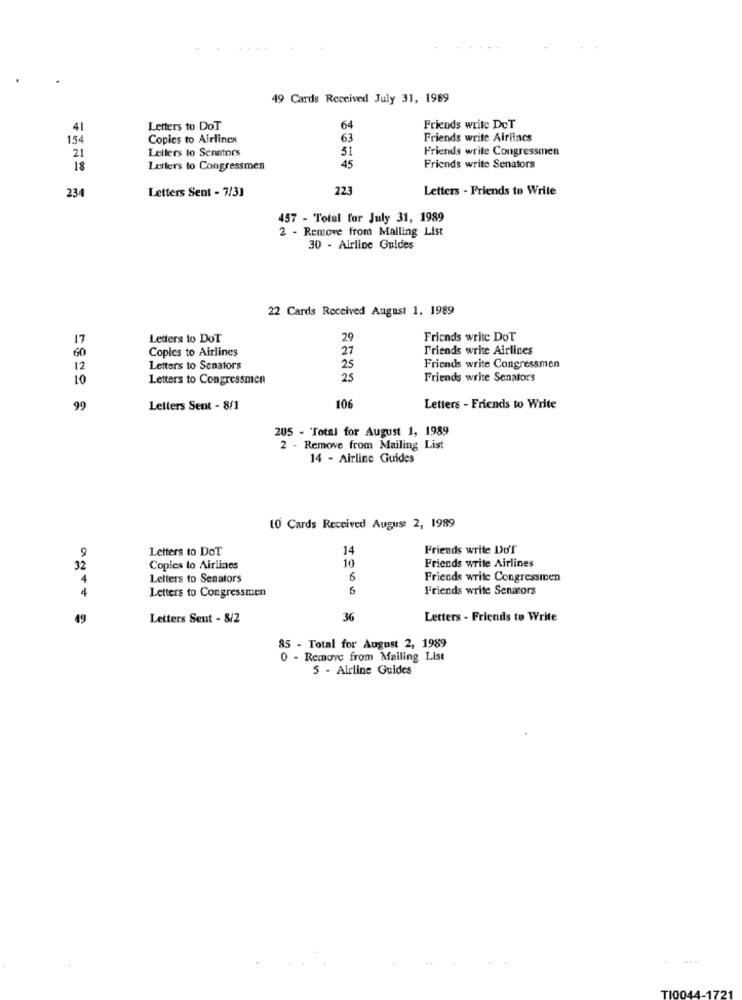
49 Cards Received July 31, 1989
41
Letters to DoT
64
Friends write DeT
154
Copies to Airlines
63
Friends write Airlines
21
Letters to Senators
51
Friends write Congressmen
18
Letters to Congressmen
45
Friends write Senators
Letters Sent - 7/31
223
Letters - Friends to Write
234
457 - Total for July 31, 1989
2 - Remove from Mailing List
30 - Airline Guides
22 Cards Received August 1. 1989
17
Letters to DoT
29
Friends write DoT
Copies to Airlines
27
Friends write Airlines
60
12
Letters to Senators
25
Friends write Congressmen
10
Letters to Congressmen
25
Friends write Senators
99
Letters Sent - 8/1
106
Letters - Friends to Write
205 - 'Total for August 1, 1989
2 - Remove from Mailing List
14 - Airline Guides
10 Cards Received August 2, 1989
9
Letters to DoT
14
Friends write Do'T
10
32
Copies to Airlines
Friends write Airlines
4
Letters to Senators
6
Friends write Congressmen
4
Letters to Congressmen
6
Friends write Senators
49
Letters Sent - 8/2
36
Letters - Friends to Write
85 - Total for August 2, 1989
0 - Remove from Mailing List
5 - Airline Guides
T1004